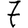
Digit: 7